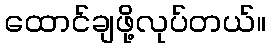
ထောင်ချဖို့လုပ်တယ်။